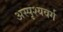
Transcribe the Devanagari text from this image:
अस्पृश्यवर्ग